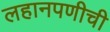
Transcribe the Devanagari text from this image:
लहानपणीची